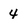
Character: 4